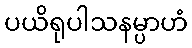
ပယိရုပါသနမ္ပာဟံ